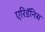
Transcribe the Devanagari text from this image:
एरिडॅनिस